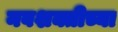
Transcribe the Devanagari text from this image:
नवशक्तीच्या